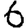
Digit: 6